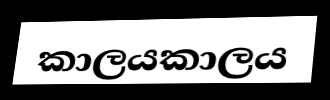
කාලයකාලය